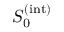
S _ { 0 } ^ { ( \mathrm { i n t } ) }